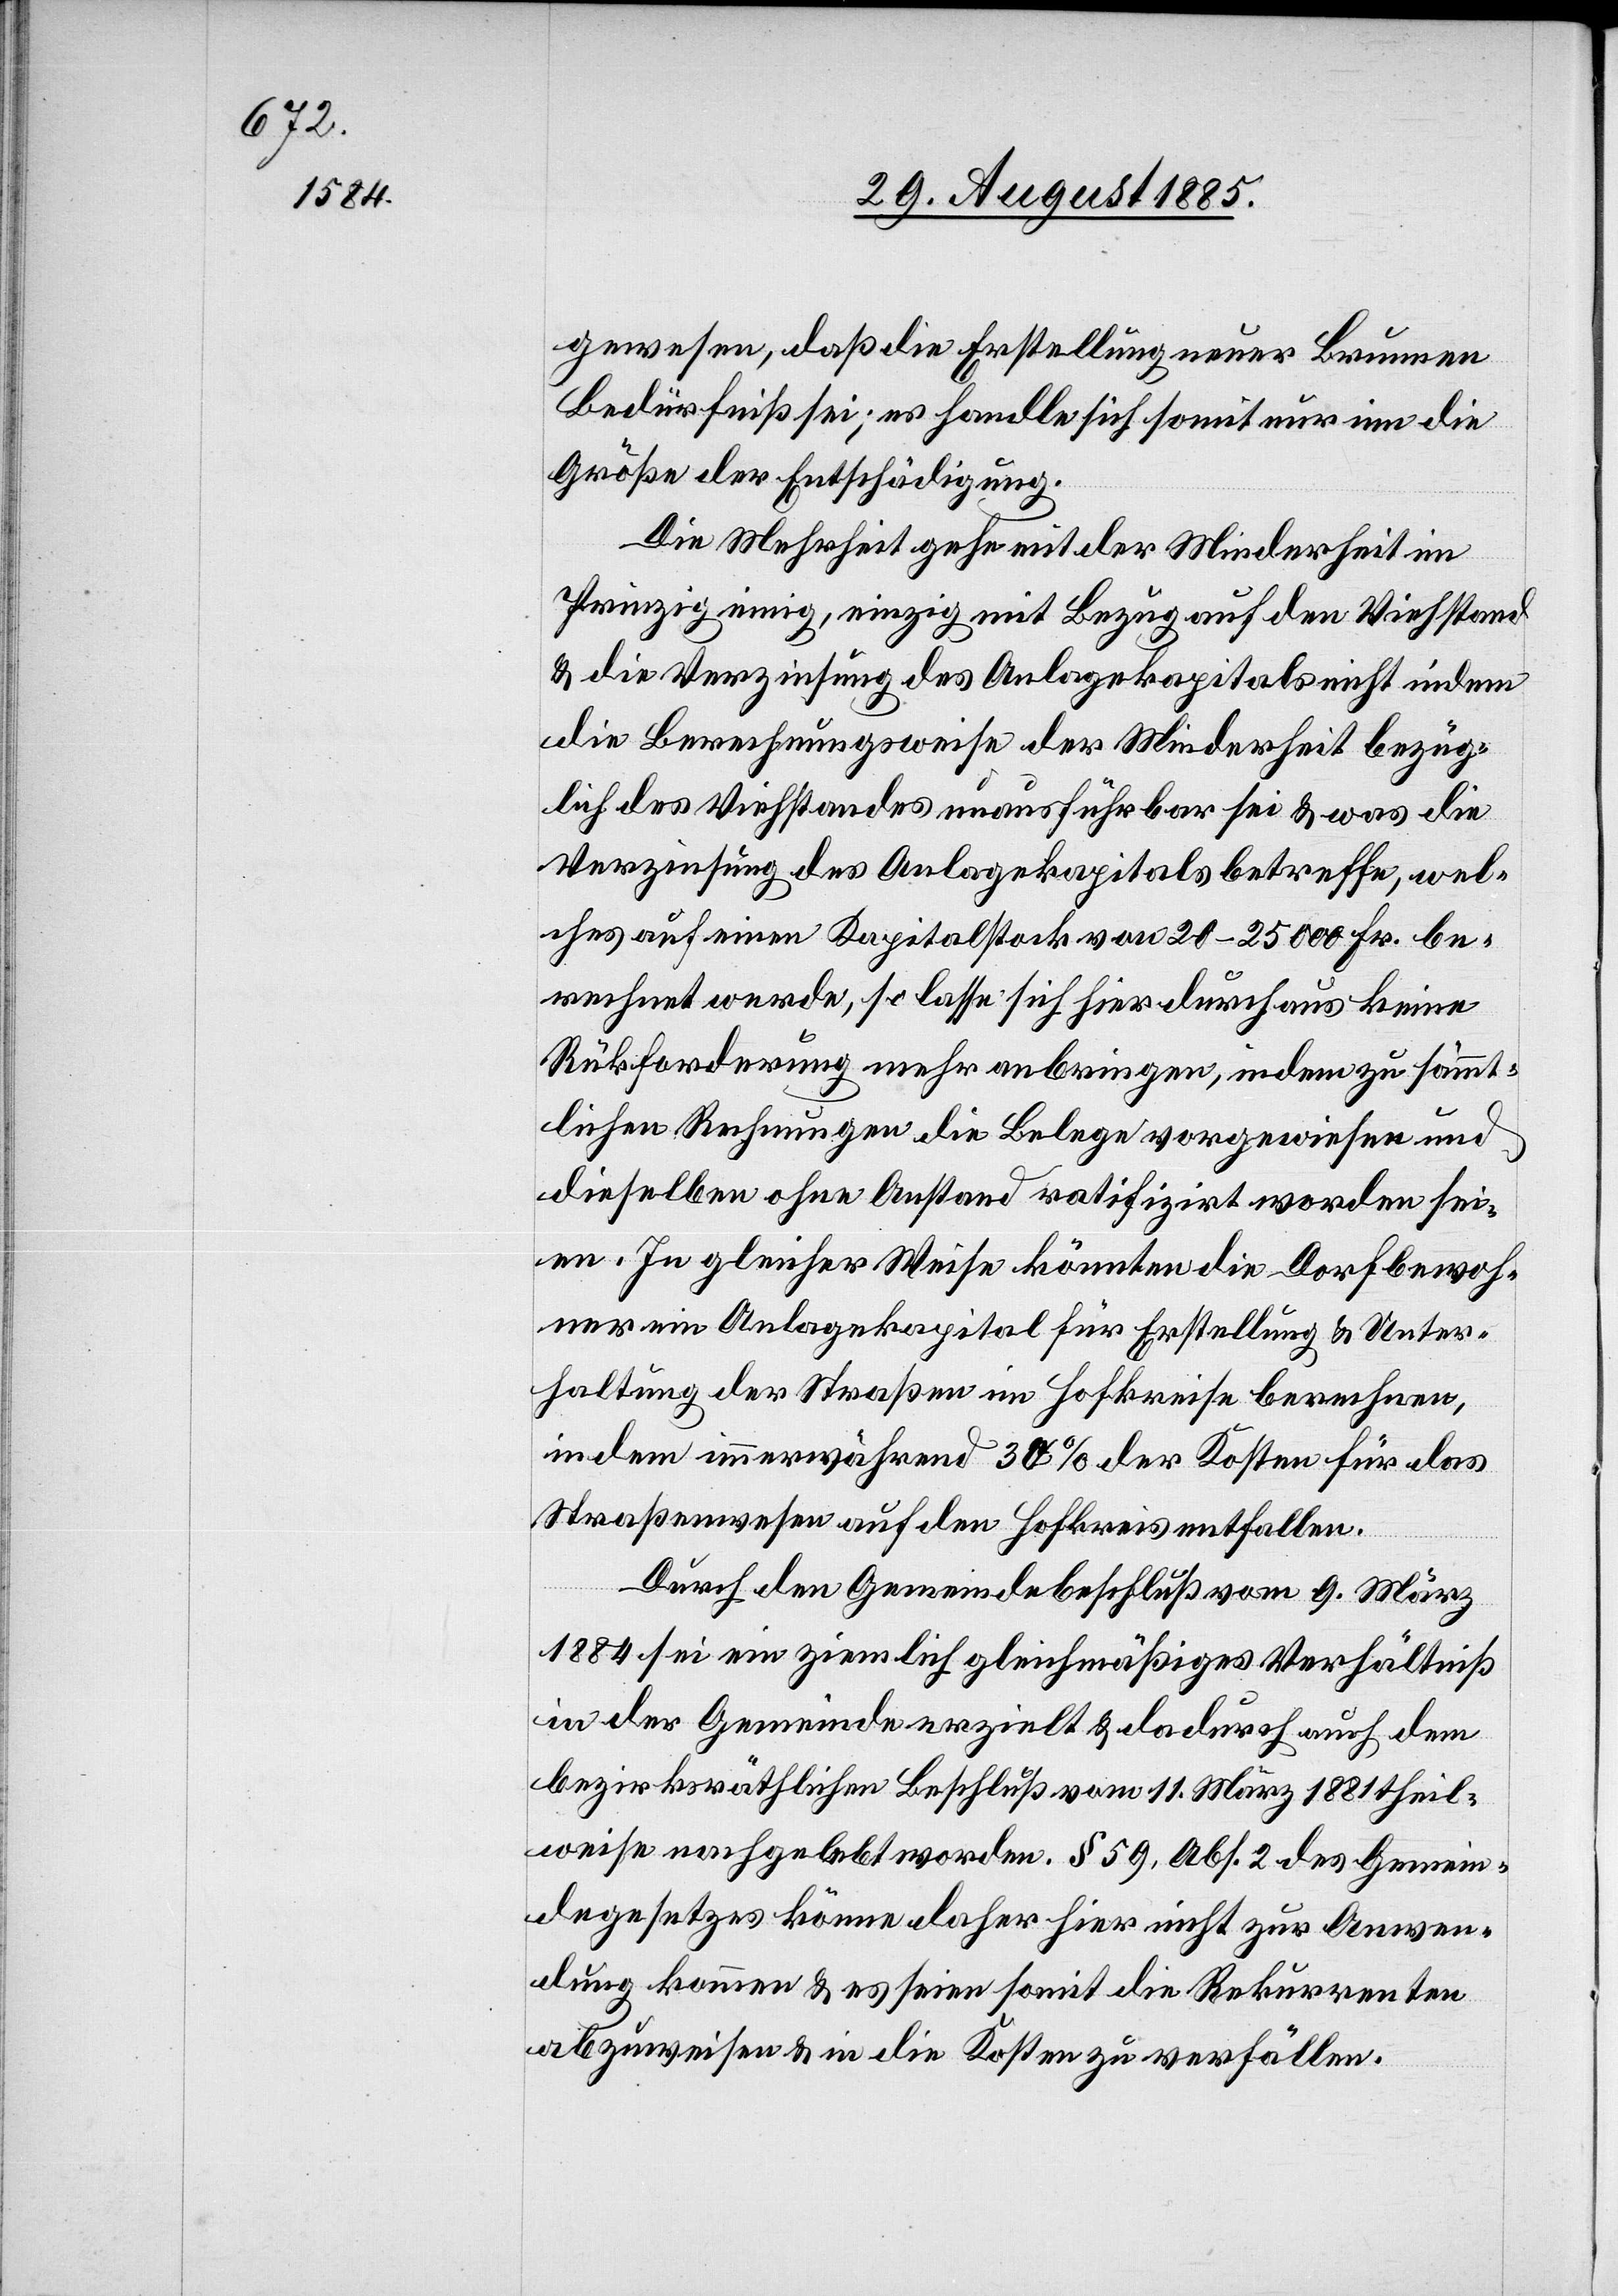
gewesen, daß die Erstellung neuer Brunnen
Bedürfniß sei; es handle sich somit nur um die
Größe der Entschädigung.
Die Mehrheit gehe mit der Minderheit im
Prinzip einig, einzig mit Bezug auf den Viehstand
& die Verzinsung des Anlagekapitals nicht indem
die Berechnungsweise der Minderheit bezüg¬
lich des Viehstandes unausführbar sei & was die
Verzinsung des Anlagekapitals betreffe, wel¬
ches auf einen Kapitalstock von 20–25 000 Fr. be¬
rechnet werde, so lasse sich hier durchaus keine
Rückforderung mehr anbringen, indem zu sämmt¬
lichen Rechnungen die Belege vorgewiesen und
dieselben ohne Anstand ratifizirt worden sei¬
en. In gleicher Weise könnten die Dorfbewoh¬
ner ein Anlagekapital für Erstellung & Unter¬
haltung der Straßen im Hofkreise berechnen,
indem immerwährend 30% der Kosten für das
Straßenwesen auf den Hofkreis entfallen.
Durch den Gemeindebeschluß vom 9. März
1884 sei ein ziemlich gleichmäßiges Verhältniß
in der Gemeinde erzielt & dadurch auch dem
bezirksräthlichen Beschluß vom 11. März 1881 theil¬
weise nachgelebt worden. § 59, Abs. 2 des Gemein¬
degesetzes könne daher hier nicht zur Anwen¬
dung kommen & es seien somit die Rekurrenten
abzuweisen & in die Kosten zu verfällen.